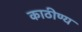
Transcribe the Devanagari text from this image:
काठीण्य